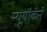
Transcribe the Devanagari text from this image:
न्यूयॉर्कने